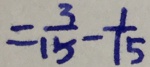
= \frac { 3 } { 1 5 } - \frac { 1 } { 1 5 }